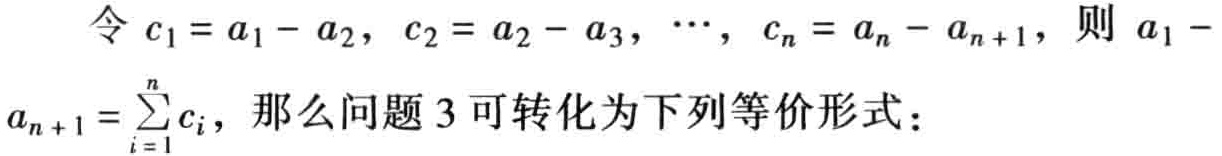
令 \(c_1 = a_1 - a_2\)，\(c_2 = a_2 - a_3\)，\(\cdots\)，\(c_n = a_n - a_{n + 1}\)，则 \(a_1 - a_{n + 1} = \sum_{i = 1}^{n} c_i\)，那么问题 3 可转化为下列等价形式：